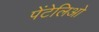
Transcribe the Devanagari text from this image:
पेंटेलिओ